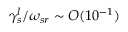
\gamma _ { s } ^ { l } / \omega _ { s r } \sim O ( 1 0 ^ { - 1 } )